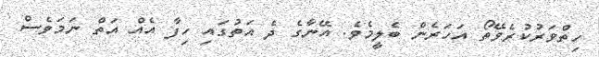
ހިތްވަރުކުރެވޭތޯ އަހަރެން ބެލީމެވެ. އޭނާގެ ދެ އަތުގައި ހިފާ އެއް އަތް ނަމަވެސް